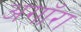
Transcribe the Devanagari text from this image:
अगॉरा